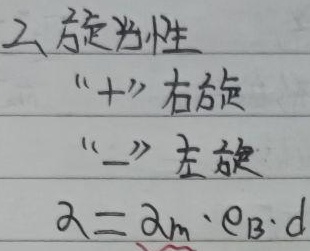
2、旋光性“+”右旋“-”左旋
\(\alpha=\alpha_{m}\cdot \rho_{B}\cdot d\)